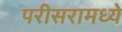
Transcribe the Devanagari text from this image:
परीसरामध्ये